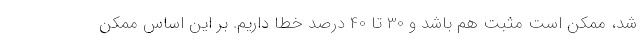
شد، ممکن است مثبت هم باشد و 30 تا 40 درصد خطا داریم. بر این اساس ممکن